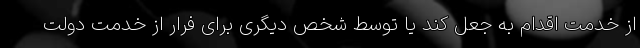
از خدمت اقدام به جعل کند یا توسط شخص دیگری برای فرار از خدمت دولت